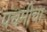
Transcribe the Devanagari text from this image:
पंचमीचा